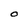
Character: O